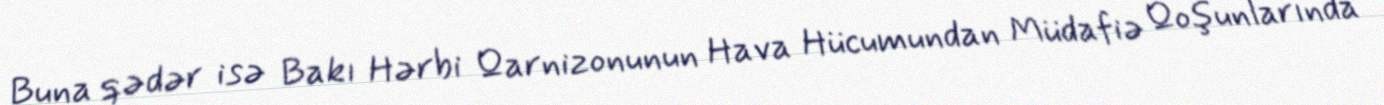
Buna qədər isə Bakı Hərbi Qarnizonunun Hava Hücumundan Müdafiə Qoşunlarında